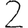
Digit: 2